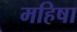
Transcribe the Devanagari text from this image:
महिषा